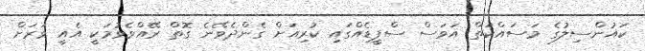
ކައުންސިލުގެ މަސައްކަތް އަވަސް ސްޕީޑެއްގައި ކުރިއަށް ގެންދެވޭނެ ގޮތް ރޭއްވެވުމަކީ އެއީ ވަރަށް